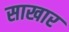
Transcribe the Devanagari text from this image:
साखार